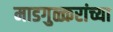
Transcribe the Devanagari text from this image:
माडगुळ्करांच्या